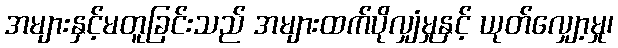
အများနှင့်မတူခြင်းသည် အများထက်ပိုလျှံမှုနှင့် ယုတ်လျှော့မှု၊